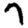
Digit: 7